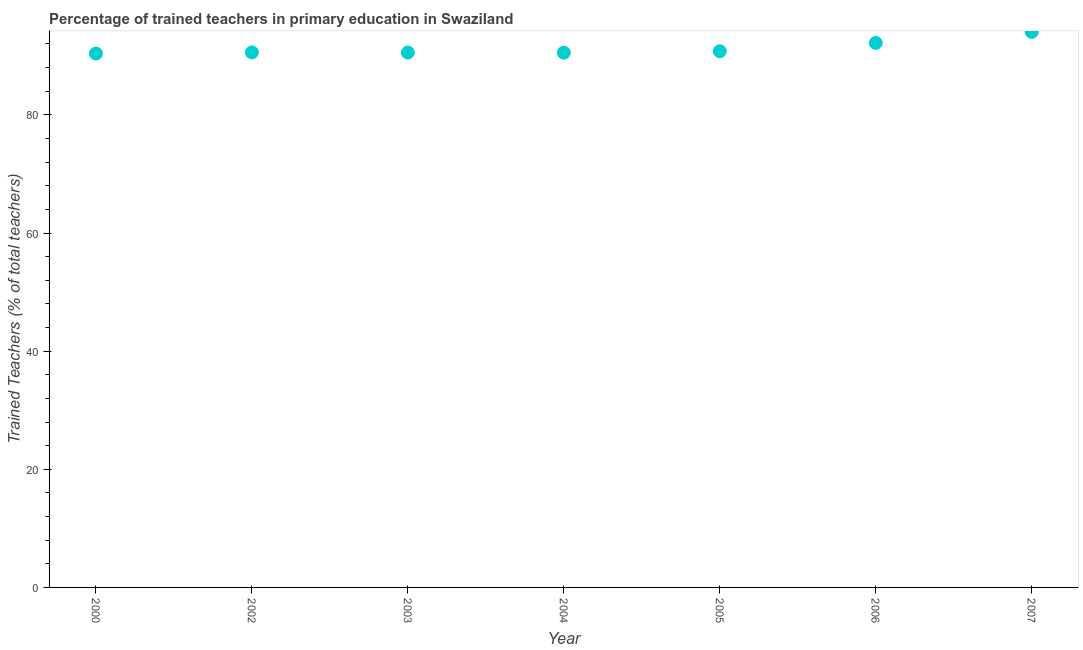
| Year | Trained teacher |
 | --- | --- |
 | 2000 | 90.4 |
 | 2002 | 90.6 |
 | 2003 | 90.6 |
 | 2004 | 90.5 |
 | 2005 | 90.8 |
 | 2006 | 92.2 |
 | 2007 | 94 |